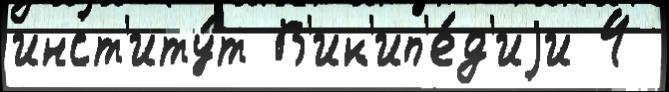
инст'иту́т В'ик'ип'е́д'иjи 4